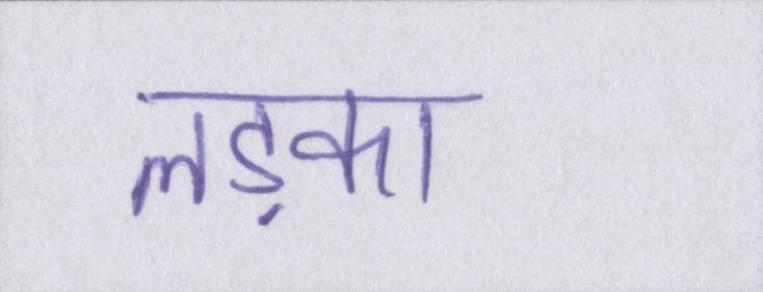
लड़का